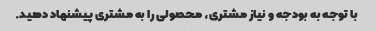
با توجه به بودجه و نیاز مشتری، محصولی را به مشتری پیشنهاد دهید.